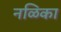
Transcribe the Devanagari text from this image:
नळिका